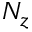
N _ { z }